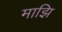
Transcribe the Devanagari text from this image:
माझि